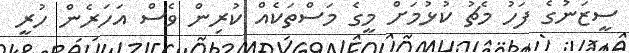
ސީޒަނުގެ ފަހު މެޗު ކުޅުމަށް މީގެ މަސްތަކެއް ކުރިން ވެސް އަހަރެން ހުރީ